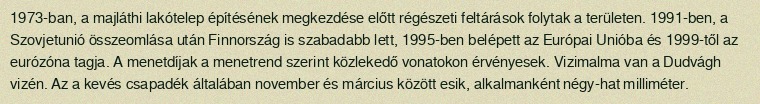
1973-ban, a majláthi lakótelep építésének megkezdése előtt régészeti feltárások folytak a területen. 1991-ben, a Szovjetunió összeomlása után Finnország is szabadabb lett, 1995-ben belépett az Európai Unióba és 1999-től az eurózóna tagja. A menetdíjak a menetrend szerint közlekedő vonatokon érvényesek. Vizimalma van a Dudvágh vizén. Az a kevés csapadék általában november és március között esik, alkalmanként négy-hat milliméter.